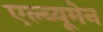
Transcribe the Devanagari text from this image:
एल्ब्यूमेन